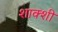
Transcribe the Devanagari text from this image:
शाक्शी